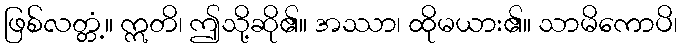
ဖြစ်လတ္တံ့။ ဣတိ၊ ဤသို့ဆို၏။ အဿာ၊ ထိုမယား၏။ သာမိကောပိ၊